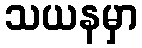
သယနမှာ